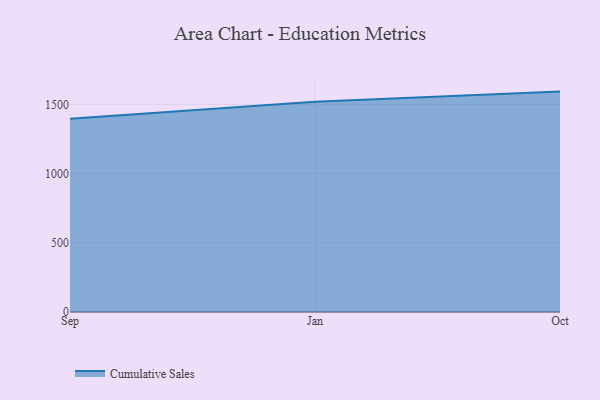
{"axis": {"x": "Month", "y": "Energy Usage (MWh)"}, "legend": ["Cumulative Sales"], "data": [{"x": "Sep", "y": 1397.1, "type": "Cumulative Sales"}, {"x": "Jan", "y": 1519.2, "type": "Cumulative Sales"}, {"x": "Oct", "y": 1592.5, "type": "Cumulative Sales"}]}